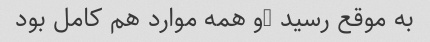
به موقع رسید …و همه موارد هم کامل بود